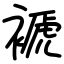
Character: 褫